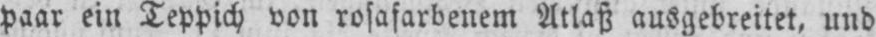
paar ein Teppich von rosafarbenem Atlaß ausgebreitet, und